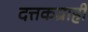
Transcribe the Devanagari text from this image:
दत्तकग्राही